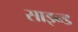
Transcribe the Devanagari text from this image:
साइन्ड